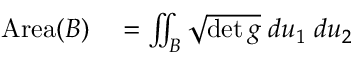
\begin{array} { r l } { { \mathrm { A r e a } } ( B ) } & { { } = \iint _ { B } { \sqrt { \operatorname* { d e t } g } } \; d u _ { 1 } \; d u _ { 2 } } \end{array}